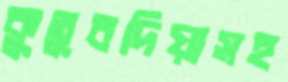
কুতুবদিয়াসহ